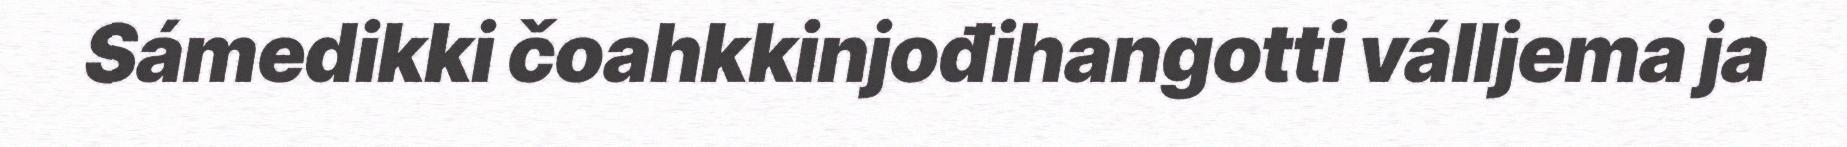
Sámedikki čoahkkinjođihangotti válljema ja